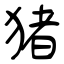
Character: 猪